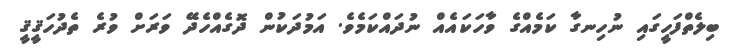
ބިލެތްފަހީގައި ނުހިނގާ ކަމެއްގެ ވާހަކައެއް ނުދައްކަމެވެ. އަމުދަކުން ދޮގެއްހެދޭ ވަރަށް ވުރެ ތެދުހަޤީޤީ